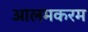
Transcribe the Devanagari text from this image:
आलमकरम